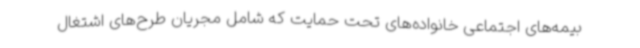
بیمه‌های اجتماعی خانواده‌های تحت حمایت که شامل مجریان طرح‌های اشتغال